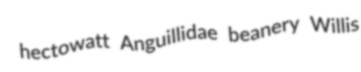
hectowatt Anguillidae beanery Willis